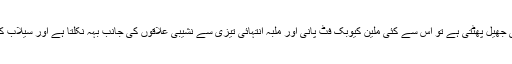
جب بھی گلیشیئروں پر بنی جھیل پھٹتی ہے تو اس سے کئی ملین کیوبک فٹ پانی اور ملبہ انتہائی تیزی سے نشیبی علاقوں کی جانب بہہ نکلتا ہے اور سیلاب کی شکل اختیار کر لیتا ہے۔